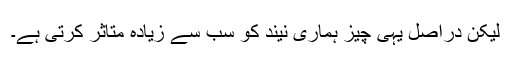
لیکن دراصل یہی چیز ہماری نیند کو سب سے زیادہ متاثر کرتی ہے۔